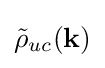
{\tilde {\rho }}_{uc}(\mathbf {k} )